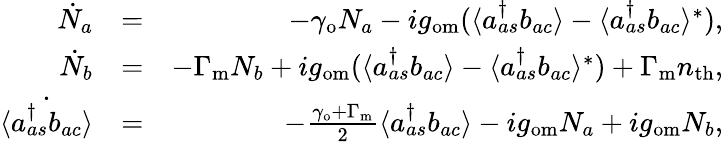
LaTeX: \begin{array}{rlr}{\dot{N}_{a}}&{=}&{-\gamma_{\mathrm{o}}N_{a}-ig_{\mathrm{om}}(\langle a_{as}^{\dagger}b_{ac}\rangle-\langle a_{as}^{\dagger}b_{ac}\rangle^{*}),}\\ {\dot{N}_{b}}&{=}&{-\Gamma_{\mathrm{m}}N_{b}+ig_{\mathrm{om}}(\langle a_{as}^{\dagger}b_{ac}\rangle-\langle a_{as}^{\dagger}b_{ac}\rangle^{*})+\Gamma_{\mathrm{m}}n_{\mathrm{th}},}\\ {\dot{\langle a_{as}^{\dagger}b_{ac}\rangle}}&{=}&{-\frac{\gamma_{\mathrm{o}}+\Gamma_{\mathrm{m}}}{2}\langle a_{as}^{\dagger}b_{ac}\rangle-ig_{\mathrm{om}}N_{a}+ig_{\mathrm{om}}N_{b},}\end{array}